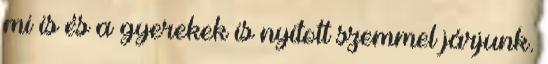
mi is és a gyerekek is nyitott szemmel járjunk.